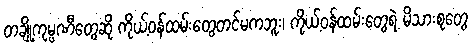
တချို့ကုမ္ပဏီတွေဆို ကိုယ့်ဝန်ထမ်းတွေတင်မကဘူး၊ ကိုယ့်ဝန်ထမ်းတွေရဲ့ မိသားစုတွေ